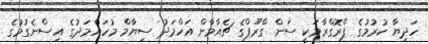
ހަދިޔާ ކުރުމުގެ ޕްރޮގްރާމަކީ ސަން ގްރޫޕްގެ ޗެއާމާން އަހްމަދު ސިޔާމް މުހައްމަދުގެ އިސްނެގުމުގެ